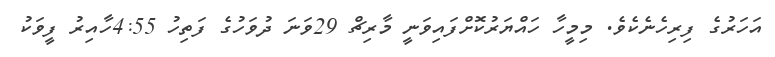
އަހަރުގެ ފިރިހެނެކެވެ. މިމީހާ ހައްޔަރުކޮށްފައިވަނީ މާރިޗް 29ވަނަ ދުވަހުގެ ފަތިހު 4:55ހާއިރު ފީވަކު